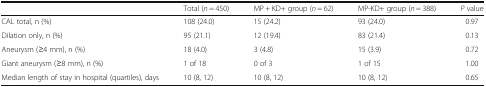
<table><thead><tr><td></td><td><b>Total (<i>n</i> = 450)</b></td><td><b>MP + KD+ group (<i>n</i> = 62)</b></td><td><b>MP-KD+ group (<i>n</i> = 388)</b></td><td><b><i>P</i> value</b></td></tr></thead><tbody><tr><td>CAL total, n (%)</td><td>108 (24.0)</td><td>15 (24.2)</td><td>93 (24.0)</td><td>0.97</td></tr><tr><td>Dilation only, n (%)</td><td>95 (21.1)</td><td>12 (19.4)</td><td>83 (21.4)</td><td>0.13</td></tr><tr><td>Aneurysm (≥4 mm), n (%)</td><td>18 (4.0)</td><td>3 (4.8)</td><td>15 (3.9)</td><td>0.72</td></tr><tr><td>Giant aneurysm (≥8 mm), n (%)</td><td>1 of 18</td><td>0 of 3</td><td>1 of 15</td><td>1.00</td></tr><tr><td>Median length of stay in hospital (quartiles), days</td><td>10 (8, 12)</td><td>10 (8, 12)</td><td>10 (8, 12)</td><td>0.65</td></tr></tbody></table>